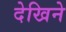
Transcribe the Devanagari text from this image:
देखिने